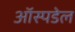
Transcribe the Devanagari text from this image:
ऑस्पडेल